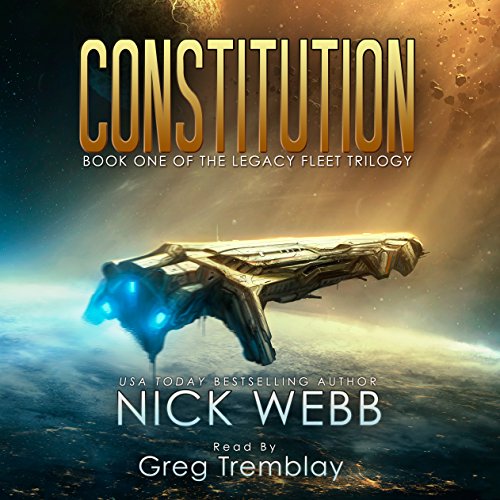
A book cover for Constitution; Nick Webb; Mystery, Thriller & Suspense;